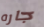
جاره